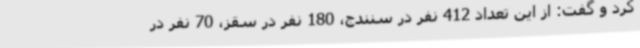
کرد و گفت: از این تعداد 412 نفر در سنندج، 180 نفر در سقز، 70 نفر در